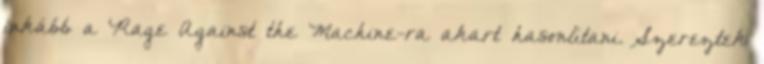
inkább a Rage Against the Machine-ra akart hasonlítani. Szereztek